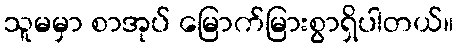
သူမမှာ စာအုပ် မြောက်မြားစွာရှိပါတယ်။